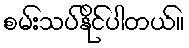
စမ်းသပ်နိုင်ပါတယ်။